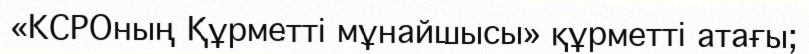
«КСРОның Құрметті мұнайшысы» құрметті атағы;